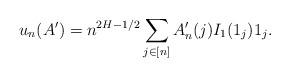
LaTeX: \begin{align*} u_n(A')= n^{2H-1/2} \sum_{j\in[n]} A'_n(j) I_1(1_j) 1_j.\end{align*}